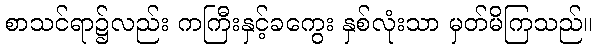
စာသင်ရာ၌လည်း ကကြီးနှင့်ခကွေး နှစ်လုံးသာ မှတ်မိကြသည်။